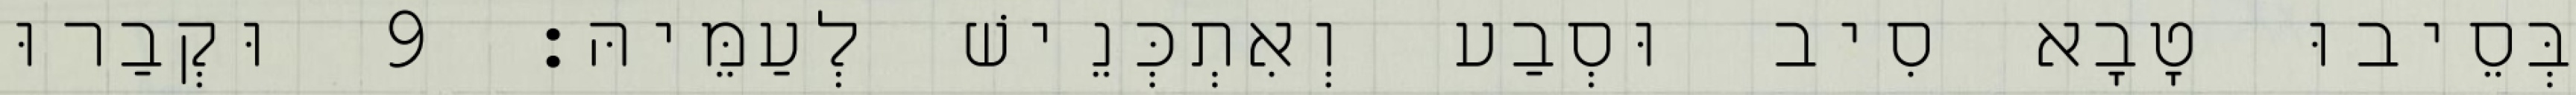
בְּסֵיבוּ טָבָא סִיב וּסְבַע וְאִתְכְּנֵישׁ לְעַמֵּיהּ׃ 9 וּקְבַרוּ